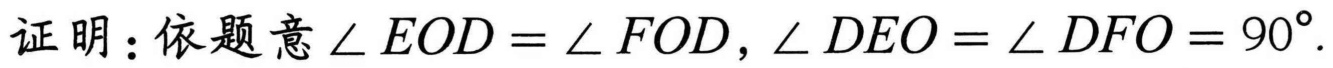
证明：依题意\(\angle EOD=\angle FOD\)，\(\angle DEO=\angle DFO = 90^{\circ}\).